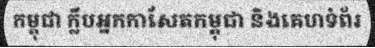
កម្ពុជា ក្លឹបអ្នកកាសែតកម្ពុជា និងគេហទំព័រ